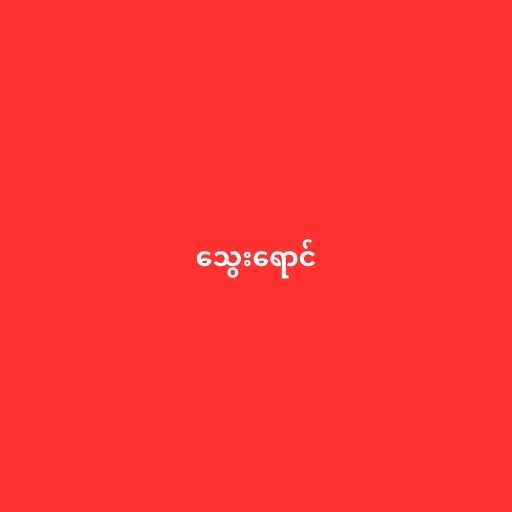
သွေးရောင်